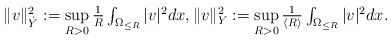
\begin{align*} \textstyle \|v\|_{\dot Y}^{2}:= \sup\limits_{R>0}\frac{1}{R}\int_{\Omega_{\le R}} |v|^{2}dx, \|v\|_{Y}^{2}:= \sup\limits_{R>0} \frac{1}{\langle R\rangle}\int_{\Omega_{\le R}} |v|^{2}dx.\end{align*}